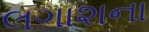
લગાશના